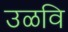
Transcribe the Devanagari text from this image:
उळवि